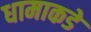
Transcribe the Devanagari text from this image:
धामाकडे